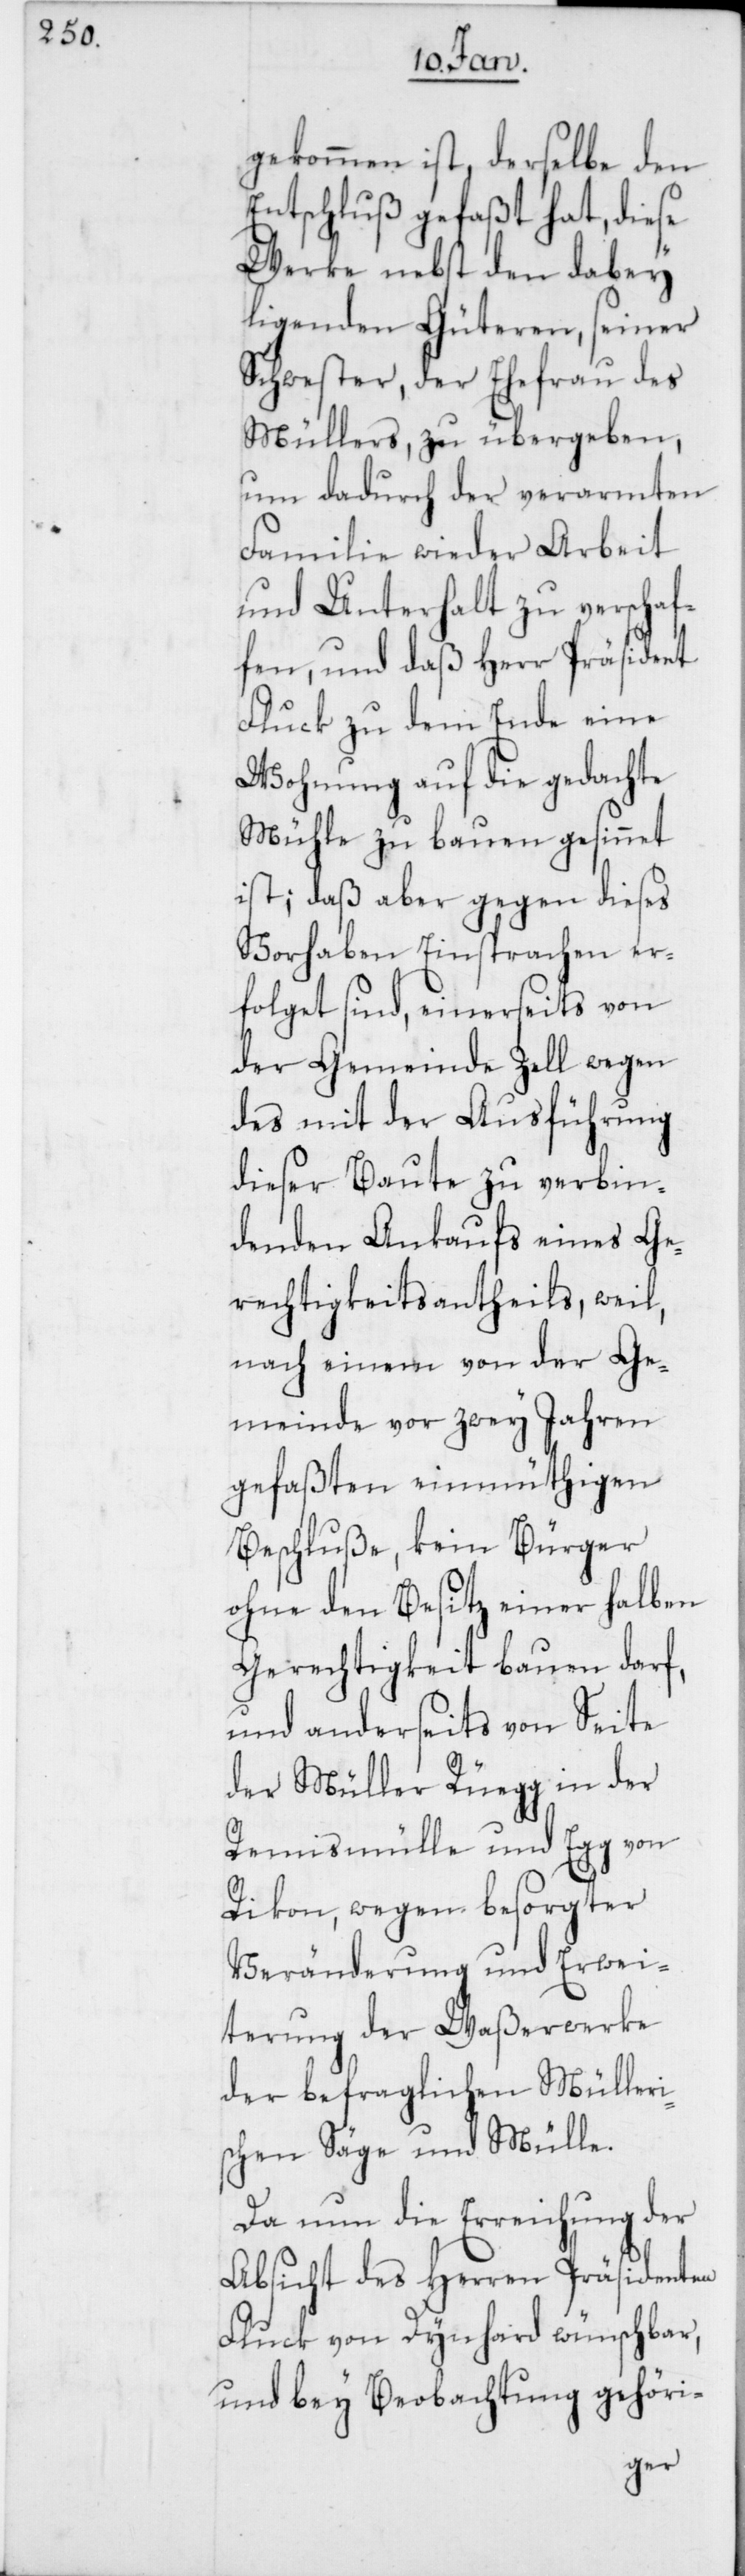
gekommen ist, derselbe den
Entschluß gefaßt hat, diese
Werke nebst den dabey
liegenden Güteren, seiner
Schwester, der Ehefrau des
Müllers, zu übergeben,
um dadurch der verarmten
Familie wieder Arbeit
und Unterhalt zu verschaf¬
fen, und daß Herr Präsident
Fluck zu dem Ende eine
Wohnung auf die gedachte
Mühle zu bauen gesinnet
ist; daß aber gegen dieses
Vorhaben Einsprachen er¬
folget sind, einerseits von
der Gemeinde Zell wegen
des mit der Ausführung
dieser Baute zu verbin¬
denden Ankaufs eines Ge¬
rechtigkeitsantheils, weil,
nach einem von der Ge¬
meinde vor zwey Jahren
gefaßten einmüthigen
Beschluße, kein Bürger
ohne den Besitz einer halben
Gerechtigkeit bauen darf,
und anderseits von Seite
der Müller Rüegg in der
Rämismühle und Egg von
Rikon, wegen besorgter
Veränderung und Erwei¬
terung der Waßerwerke
der befraglichen Mülleri¬
schen Säge und Mülle.
Da nun die Erreichung der
Absicht des Herren Präsidenten
Fluck von Dynhard wünschbar,
und bey Beobachtung gehöri-